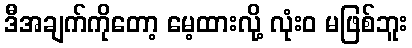
ဒီအချက်ကိုတော့ မေ့ထားလို့ လုံးဝ မဖြစ်ဘူး